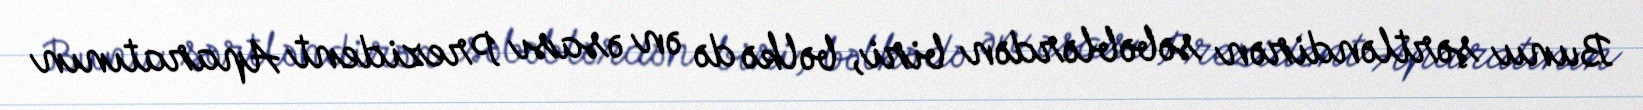
Bunu şərtləndirən səbəblərdən biri, bəlkə də ən əsası Prezident Aparatının